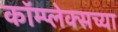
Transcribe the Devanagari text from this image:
कॉम्प्लेक्सच्या